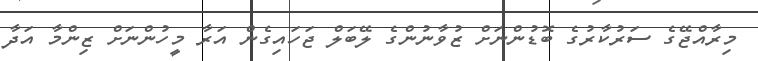
މިރާއްޖޭގެ ސަރުކާރުގެ ބޮޑުންނަށް ޒުވާނުންގެ ލޭބަލް ޖަހައިގެން އަރާ މީހުންނަށް ޒިންމާ އަދާ